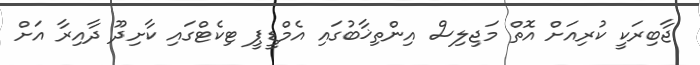
ޖާބިރަކީ ކުރިއަށް އޮތް މަޖިލިސް އިންތިޚާބުގައި އެމްޑީޕީ ޓިކެޓްގައި ކާށިދޫ ދާއިރާ އަށް